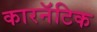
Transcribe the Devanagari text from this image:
कारनॅटिक